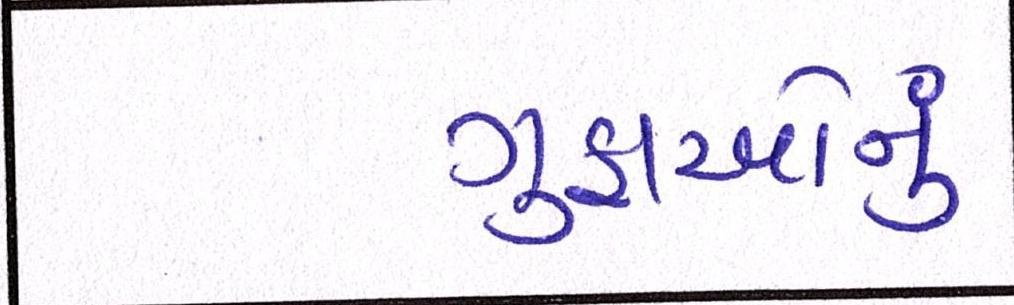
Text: ગુફાઓનું